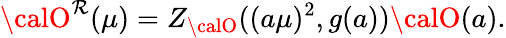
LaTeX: {\calO}^{\mathcal{R}}(\mu)=Z_{\calO}((a\mu)^{2},g(a)){\calO}(a).